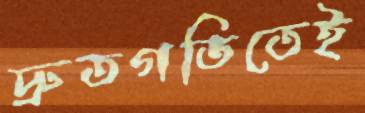
দ্রুতগতিতেই